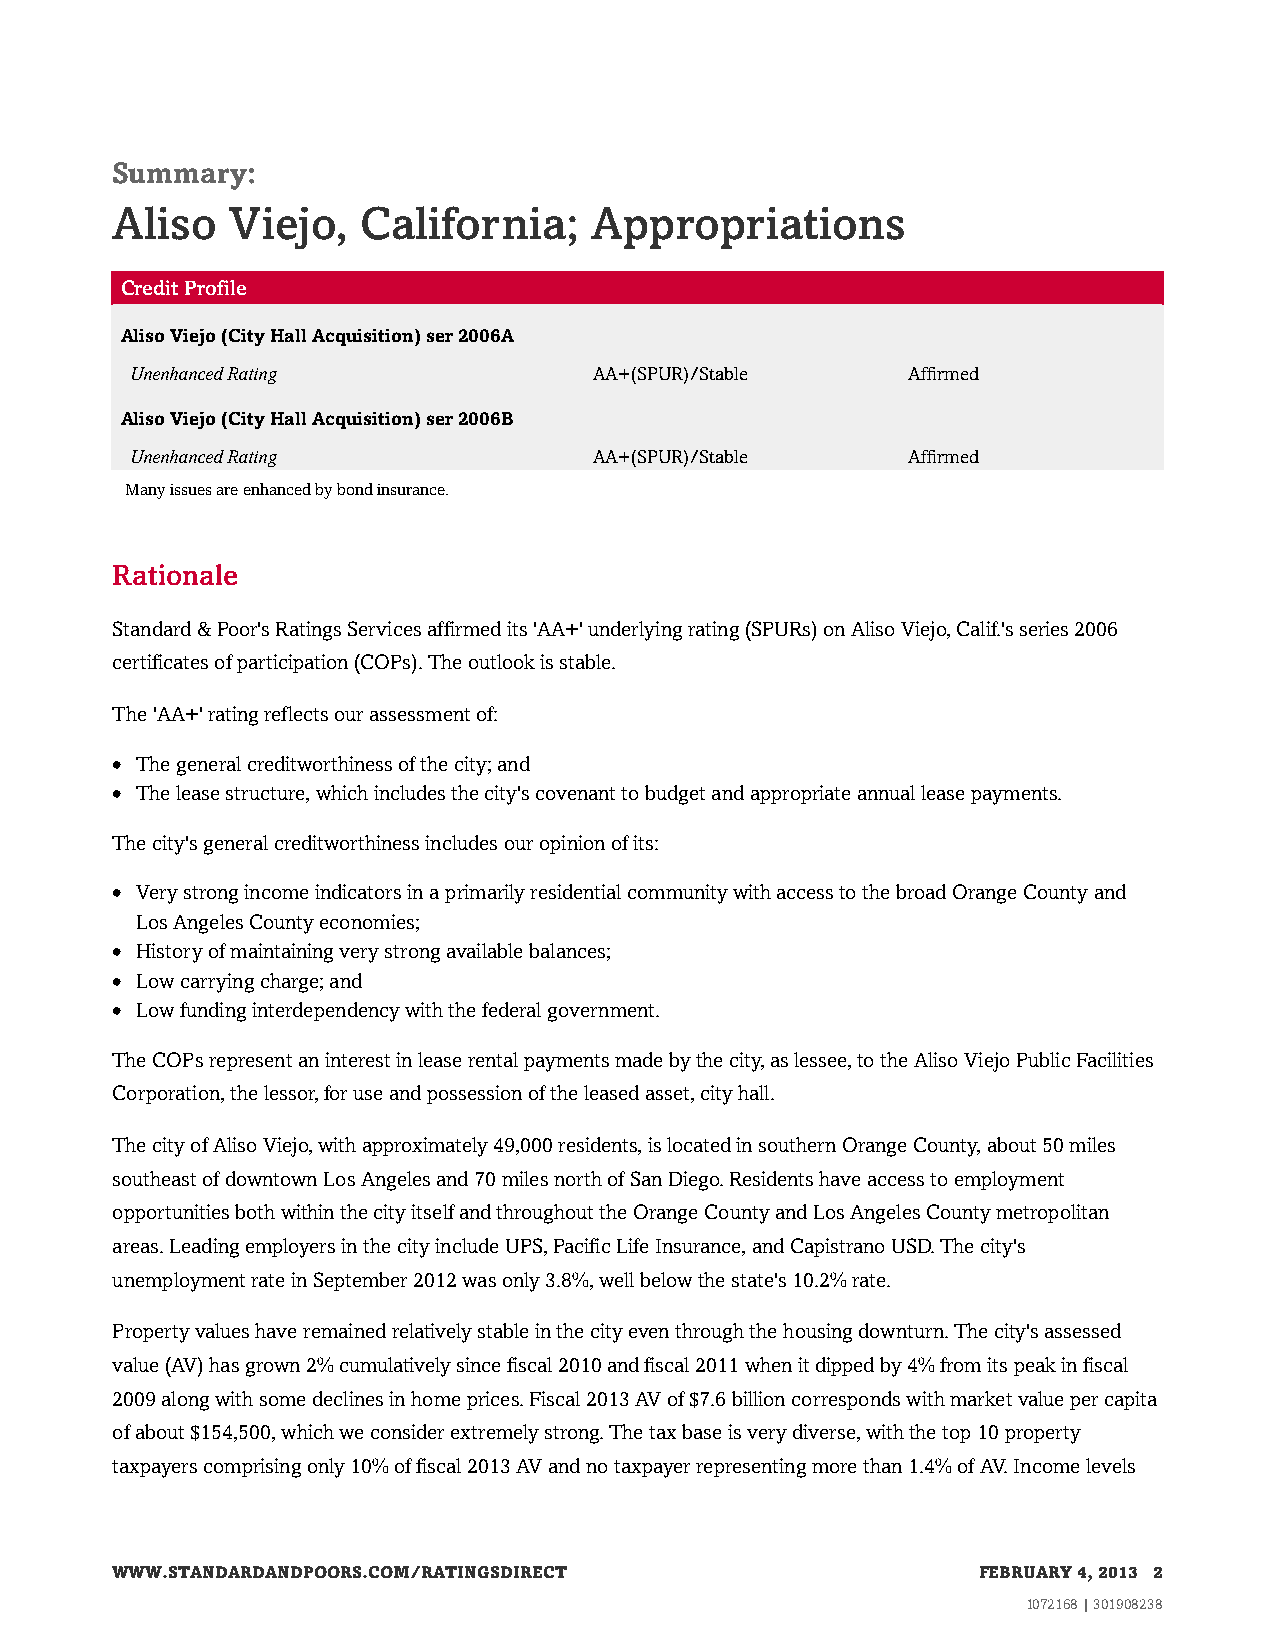
Summary:
 Aliso   Viejo,   California;    Appropriations
 CreditProfile
 AlisoViejo(CityHallAcquisition)ser2006A
 UnenhancedRating              AA+(SPUR)/Stable     Affirmed
 AlisoViejo(CityHallAcquisition)ser2006B
 UnenhancedRating              AA+(SPUR)/Stable     Affirmed
 Manyissuesareenhancedbybondinsurance.
 Rationale
 Standard&Poor'sRatingsServicesaffirmedits'AA+'underlyingrating(SPURs)onAlisoViejo,Calif.'sseries2006
 certificatesofparticipation(COPs).Theoutlookisstable.
 The'AA+'ratingreflectsourassessmentof:
 • Thegeneralcreditworthinessofthecity;and
 • Theleasestructure,whichincludesthecity'scovenanttobudgetandappropriateannualleasepayments.
 Thecity'sgeneralcreditworthinessincludesouropinionofits:
 • VerystrongincomeindicatorsinaprimarilyresidentialcommunitywithaccesstothebroadOrangeCountyand
 LosAngelesCountyeconomies;
 • Historyofmaintainingverystrongavailablebalances;
 • Lowcarryingcharge;and
 • Lowfundinginterdependencywiththefederalgovernment.
 TheCOPsrepresentaninterestinleaserentalpaymentsmadebythecity,aslessee,totheAlisoViejoPublicFacilities
 Corporation,thelessor,foruseandpossessionoftheleasedasset,cityhall.
 ThecityofAlisoViejo,withapproximately49,000residents,islocatedinsouthernOrangeCounty,about50miles
 southeastofdowntownLosAngelesand70milesnorthofSanDiego.Residentshaveaccesstoemployment
 opportunitiesbothwithinthecityitselfandthroughouttheOrangeCountyandLosAngelesCountymetropolitan
 areas.LeadingemployersinthecityincludeUPS,PacificLifeInsurance,andCapistranoUSD.Thecity's
 unemploymentrateinSeptember2012wasonly3.8%,wellbelowthestate's10.2%rate.
 Propertyvalueshaveremainedrelativelystableinthecityeventhroughthehousingdownturn.Thecity'sassessed
 value(AV)hasgrown2%cumulativelysincefiscal2010andfiscal2011whenitdippedby4%fromitspeakinfiscal
 2009alongwithsomedeclinesinhomeprices.Fiscal2013AVof$7.6billioncorrespondswithmarketvaluepercapita
 ofabout$154,500,whichweconsiderextremelystrong.Thetaxbaseisverydiverse,withthetop10property
 taxpayerscomprisingonly10%offiscal2013AVandnotaxpayerrepresentingmorethan1.4%ofAV.Incomelevels
 WWW.STANDARDANDPOORS.COM/RATINGSDIRECT                    FEBRUARY 4, 2013 2
 1072168 | 301908238